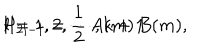
LaTeX: H _ { 2 l - 1 } = \frac { 1 } { 2 } \, A ( m ) \, B ( m ) , \hspace { 1 i n } l = 1 , 2 , \cdots , k + 1